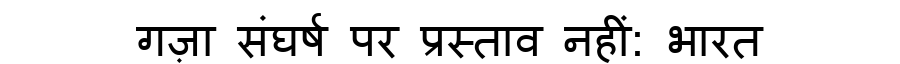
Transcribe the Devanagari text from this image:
गज़ा संघर्ष पर प्रस्ताव नहीं: भारत